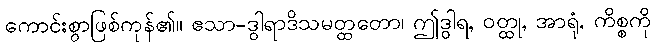
ကောင်းစွာဖြစ်ကုန်၏။ ဧသာ-ဒွါရာဒိသမတ္ထတော၊ ဤဒွါရ, ဝတ္ထု, အာရုံ, ကိစ္စကို